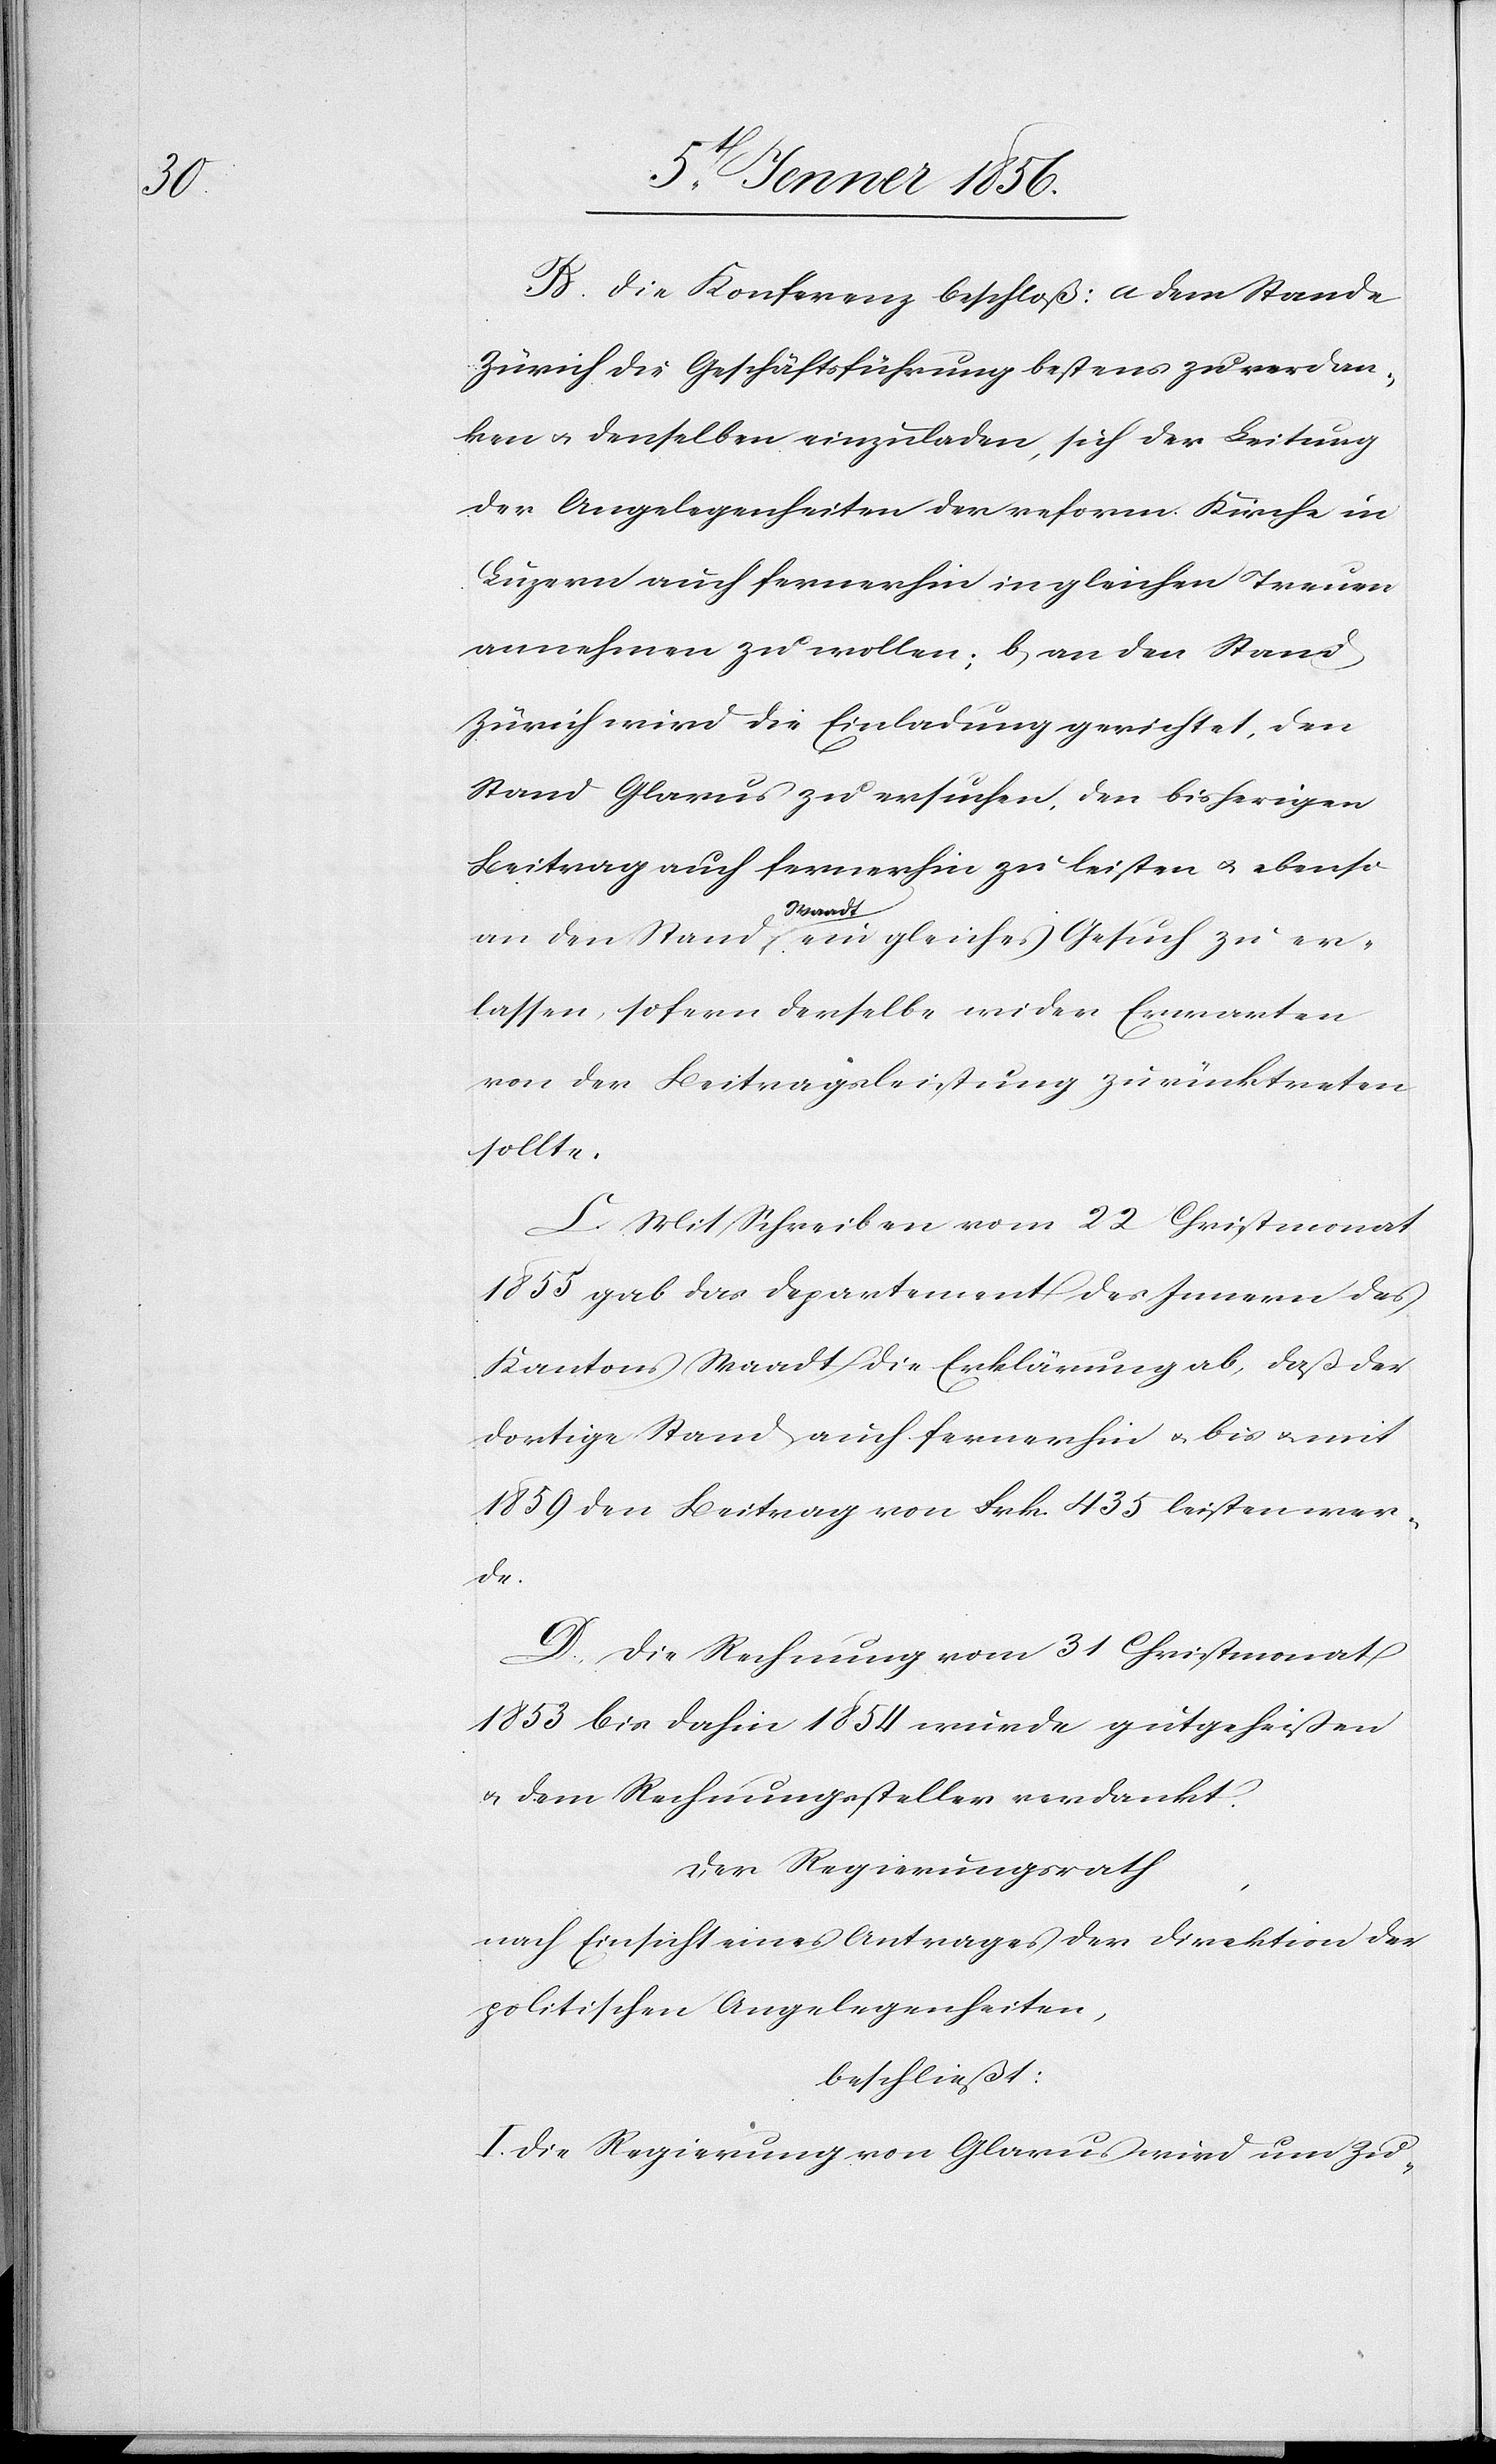
B. Die Konferenz beschloß: a dem Stande
Zürich die Geschäftsführung bestens zu verdan¬
ken u. denselben einzuladen, sich der Leitung
der Angelegenheiten der reform. Kirche in
Luzern auch fernerhin in gleichen Treuen
annehmen zu wollen; b, an den Stand
Zürich wird die Einladung gerichtet, den
Stand Glarus zu ersuchen, den bisherigen
Beitrag auch fernerhin zu leisten u. ebenso
an den Stand a-Waadt-a ein gleiches Gesuch zu er¬
lassen sofern derselbe wider Erwarten
von der Beitragsleistung zurücktreten
sollte.
C. Mit Schreiben vom 22 Christmonat
1855 gab das Departement des Innern des
Kantons Waadt die Erklärung ab, daß der
dortige Stand auch fernerhin u. bis u. mit
1859 den Beitrag von Frk. 435 leisten wer¬
de.
D. Die Rechnung vom 31 Christmonat
1853 bis dahin 1854 wurde gutgeheißen
u. dem Rechnungssteller verdankt.
Der Regierungsrath,
nach Einsicht eines Antrages der Direktion der
politischen Angelegenheiten,
beschließt:
I. Die Regierung von Glarus wird um Zu-